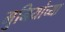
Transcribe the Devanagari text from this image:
मुनियांच्या